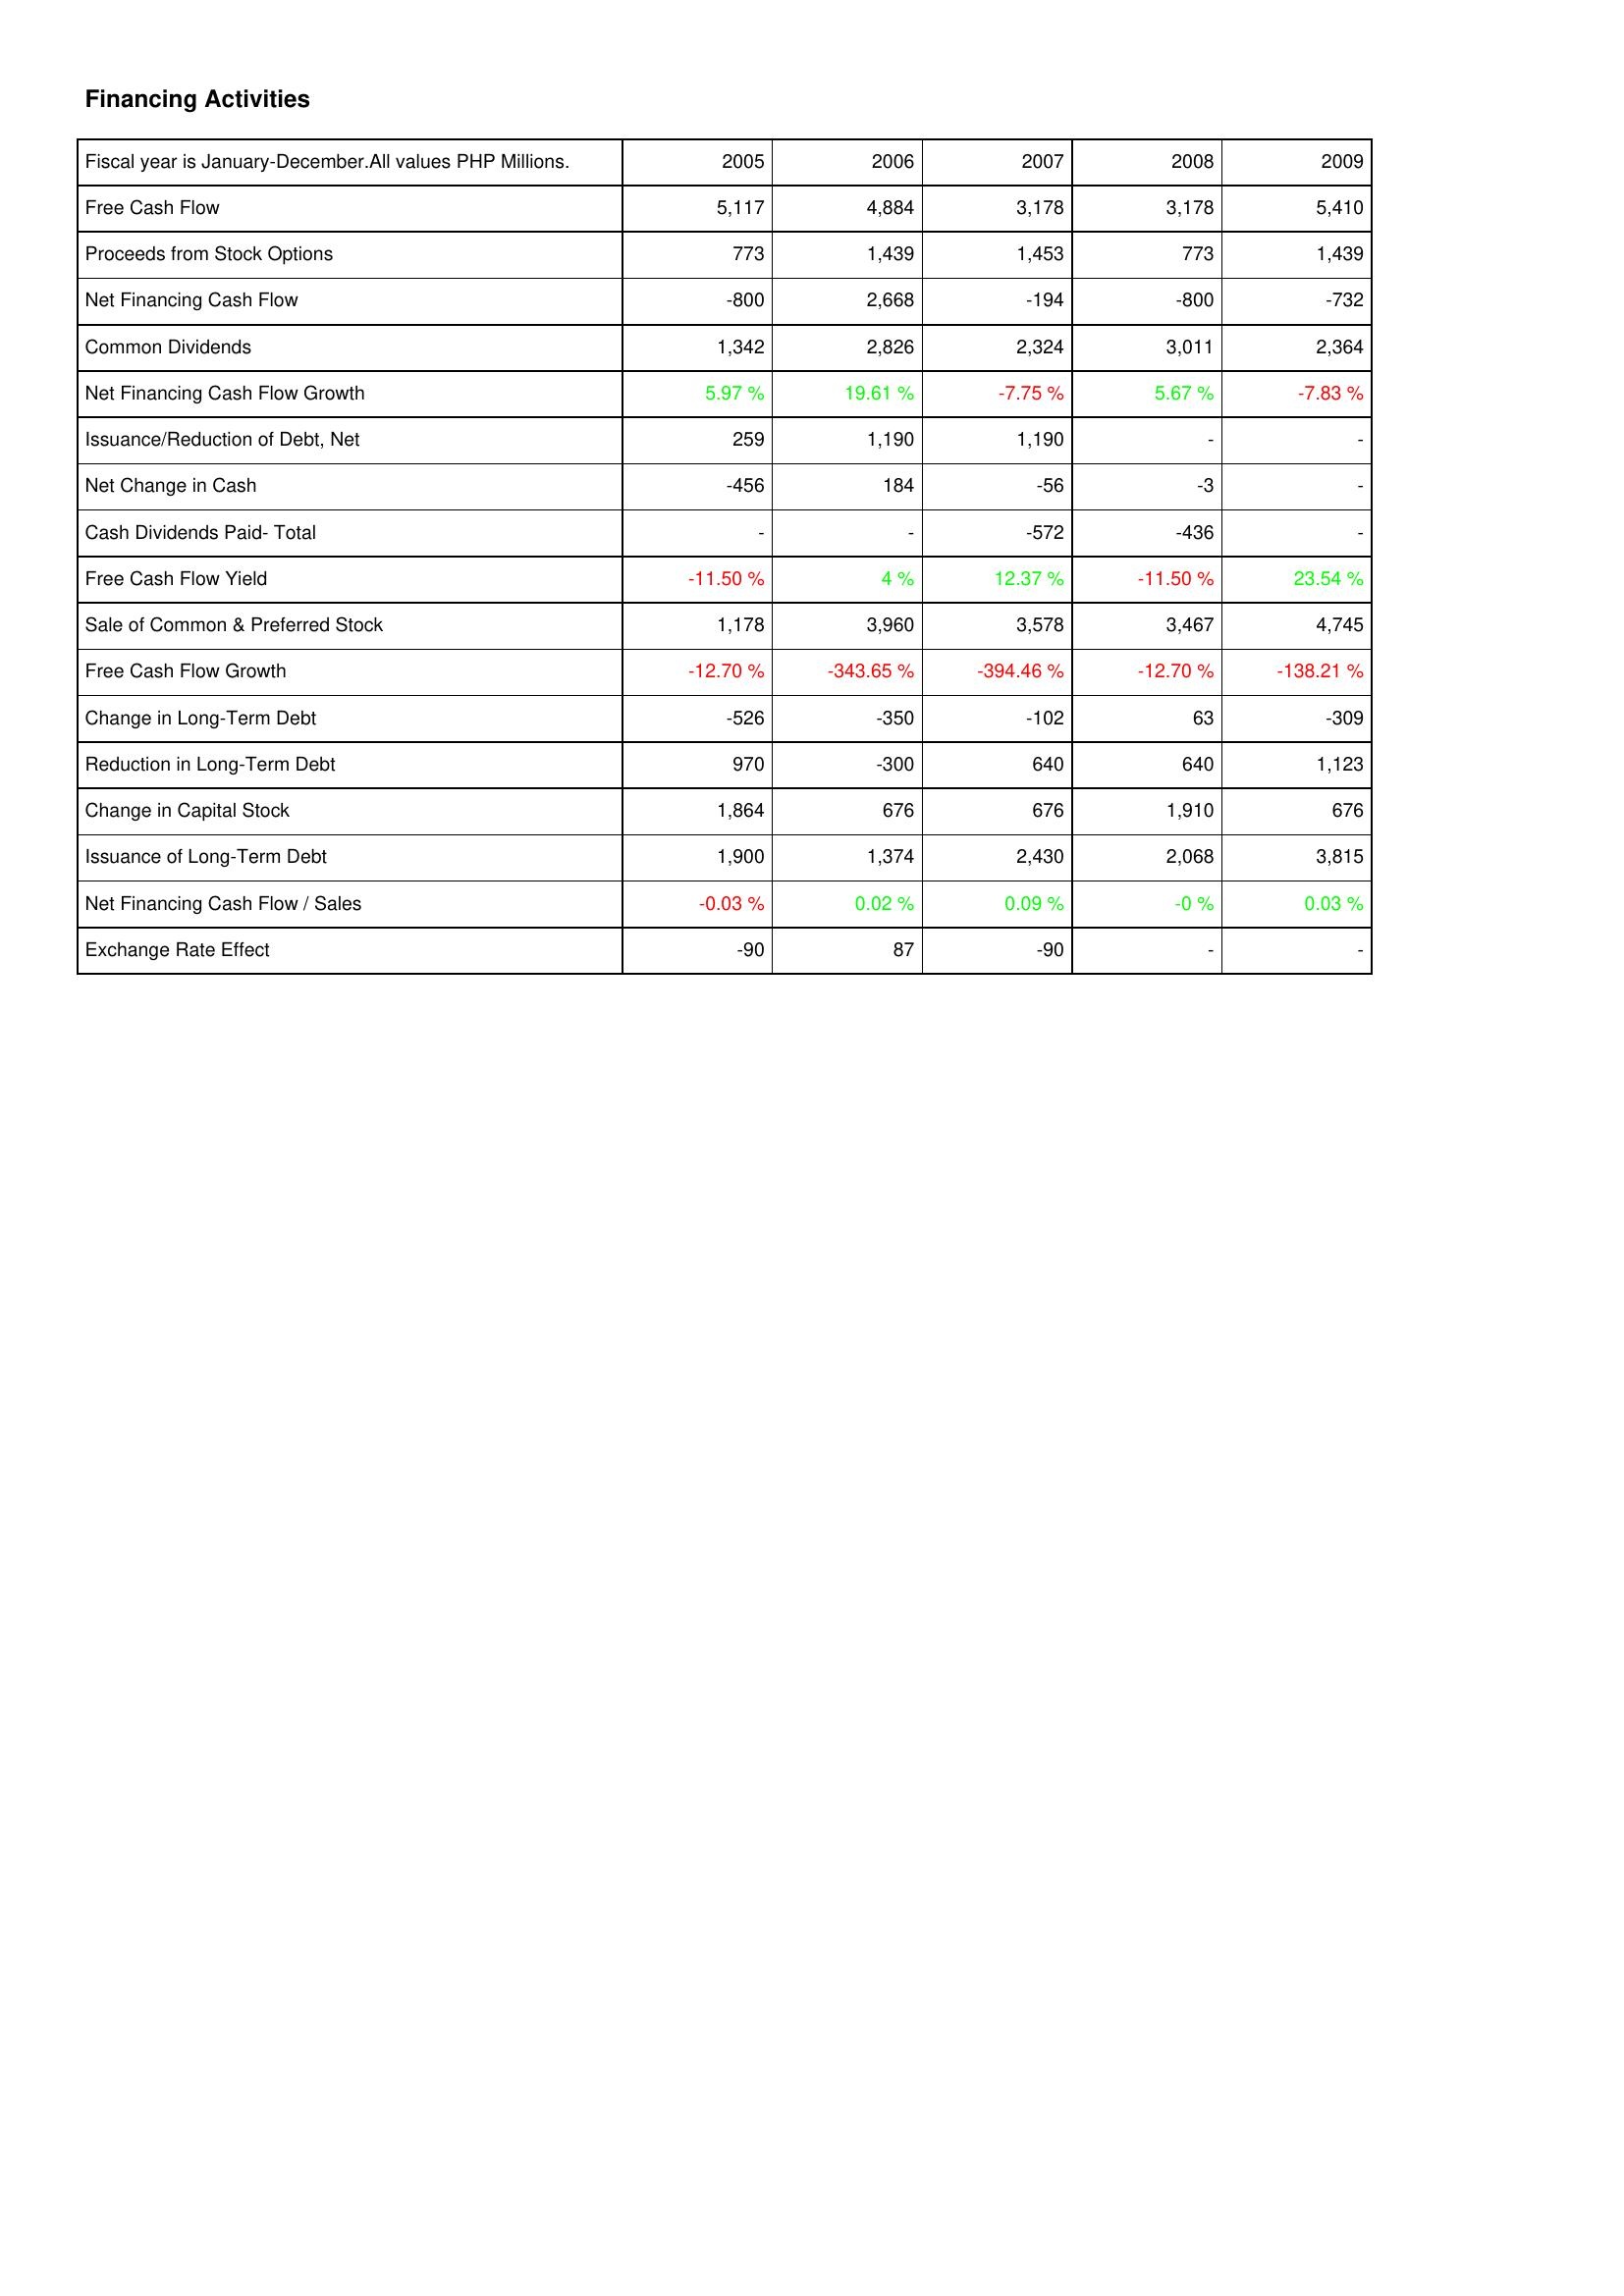
2005: Financing Activities: Free Cash Flow: 5,117
Proceeds from Stock Options: 773
Net Financing Cash Flow: -800
Common Dividends: 1,342
Net Financing Cash Flow Growth: 5.97 %
Issuance/Reduction of Debt, Net: 259
Net Change in Cash: -456
Cash Dividends Paid- Total: -
Free Cash Flow Yield: -11.50 %
Sale of Common & Preferred Stock: 1,178
Free Cash Flow Growth: -12.70 %
Change in Long-Term Debt: -526
Reduction in Long-Term Debt: 970
Change in Capital Stock: 1,864
Issuance of Long-Term Debt: 1,900
Net Financing Cash Flow / Sales: -0.03 %
Exchange Rate Effect: -90
2006: Financing Activities: Free Cash Flow: 4,884
Proceeds from Stock Options: 1,439
Net Financing Cash Flow: 2,668
Common Dividends: 2,826
Net Financing Cash Flow Growth: 19.61 %
Issuance/Reduction of Debt, Net: 1,190
Net Change in Cash: 184
Cash Dividends Paid- Total: -
Free Cash Flow Yield: 4 %
Sale of Common & Preferred Stock: 3,960
Free Cash Flow Growth: -343.65 %
Change in Long-Term Debt: -350
Reduction in Long-Term Debt: -300
Change in Capital Stock: 676
Issuance of Long-Term Debt: 1,374
Net Financing Cash Flow / Sales: 0.02 %
Exchange Rate Effect: 87
2007: Financing Activities: Free Cash Flow: 3,178
Proceeds from Stock Options: 1,453
Net Financing Cash Flow: -194
Common Dividends: 2,324
Net Financing Cash Flow Growth: -7.75 %
Issuance/Reduction of Debt, Net: 1,190
Net Change in Cash: -56
Cash Dividends Paid- Total: -572
Free Cash Flow Yield: 12.37 %
Sale of Common & Preferred Stock: 3,578
Free Cash Flow Growth: -394.46 %
Change in Long-Term Debt: -102
Reduction in Long-Term Debt: 640
Change in Capital Stock: 676
Issuance of Long-Term Debt: 2,430
Net Financing Cash Flow / Sales: 0.09 %
Exchange Rate Effect: -90
2008: Financing Activities: Free Cash Flow: 3,178
Proceeds from Stock Options: 773
Net Financing Cash Flow: -800
Common Dividends: 3,011
Net Financing Cash Flow Growth: 5.67 %
Issuance/Reduction of Debt, Net: -
Net Change in Cash: -3
Cash Dividends Paid- Total: -436
Free Cash Flow Yield: -11.50 %
Sale of Common & Preferred Stock: 3,467
Free Cash Flow Growth: -12.70 %
Change in Long-Term Debt: 63
Reduction in Long-Term Debt: 640
Change in Capital Stock: 1,910
Issuance of Long-Term Debt: 2,068
Net Financing Cash Flow / Sales: -0 %
Exchange Rate Effect: -
2009: Financing Activities: Free Cash Flow: 5,410
Proceeds from Stock Options: 1,439
Net Financing Cash Flow: -732
Common Dividends: 2,364
Net Financing Cash Flow Growth: -7.83 %
Issuance/Reduction of Debt, Net: -
Net Change in Cash: -
Cash Dividends Paid- Total: -
Free Cash Flow Yield: 23.54 %
Sale of Common & Preferred Stock: 4,745
Free Cash Flow Growth: -138.21 %
Change in Long-Term Debt: -309
Reduction in Long-Term Debt: 1,123
Change in Capital Stock: 676
Issuance of Long-Term Debt: 3,815
Net Financing Cash Flow / Sales: 0.03 %
Exchange Rate Effect: -